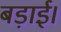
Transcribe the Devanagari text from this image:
बड़ाई।